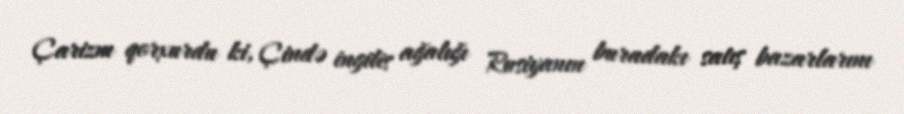
Çarizm qorxurdu ki, Çində ingilis ağalığı Rusiyanın buradakı satış bazarlarını